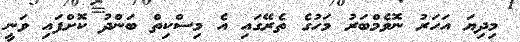
މިދިޔަ އަހަރު ނޮވެމްބަރު މަހުގެ ތެރޭގައި އެ މިސްކިތް ބަންދު ކޮށްފައި ވަނީ